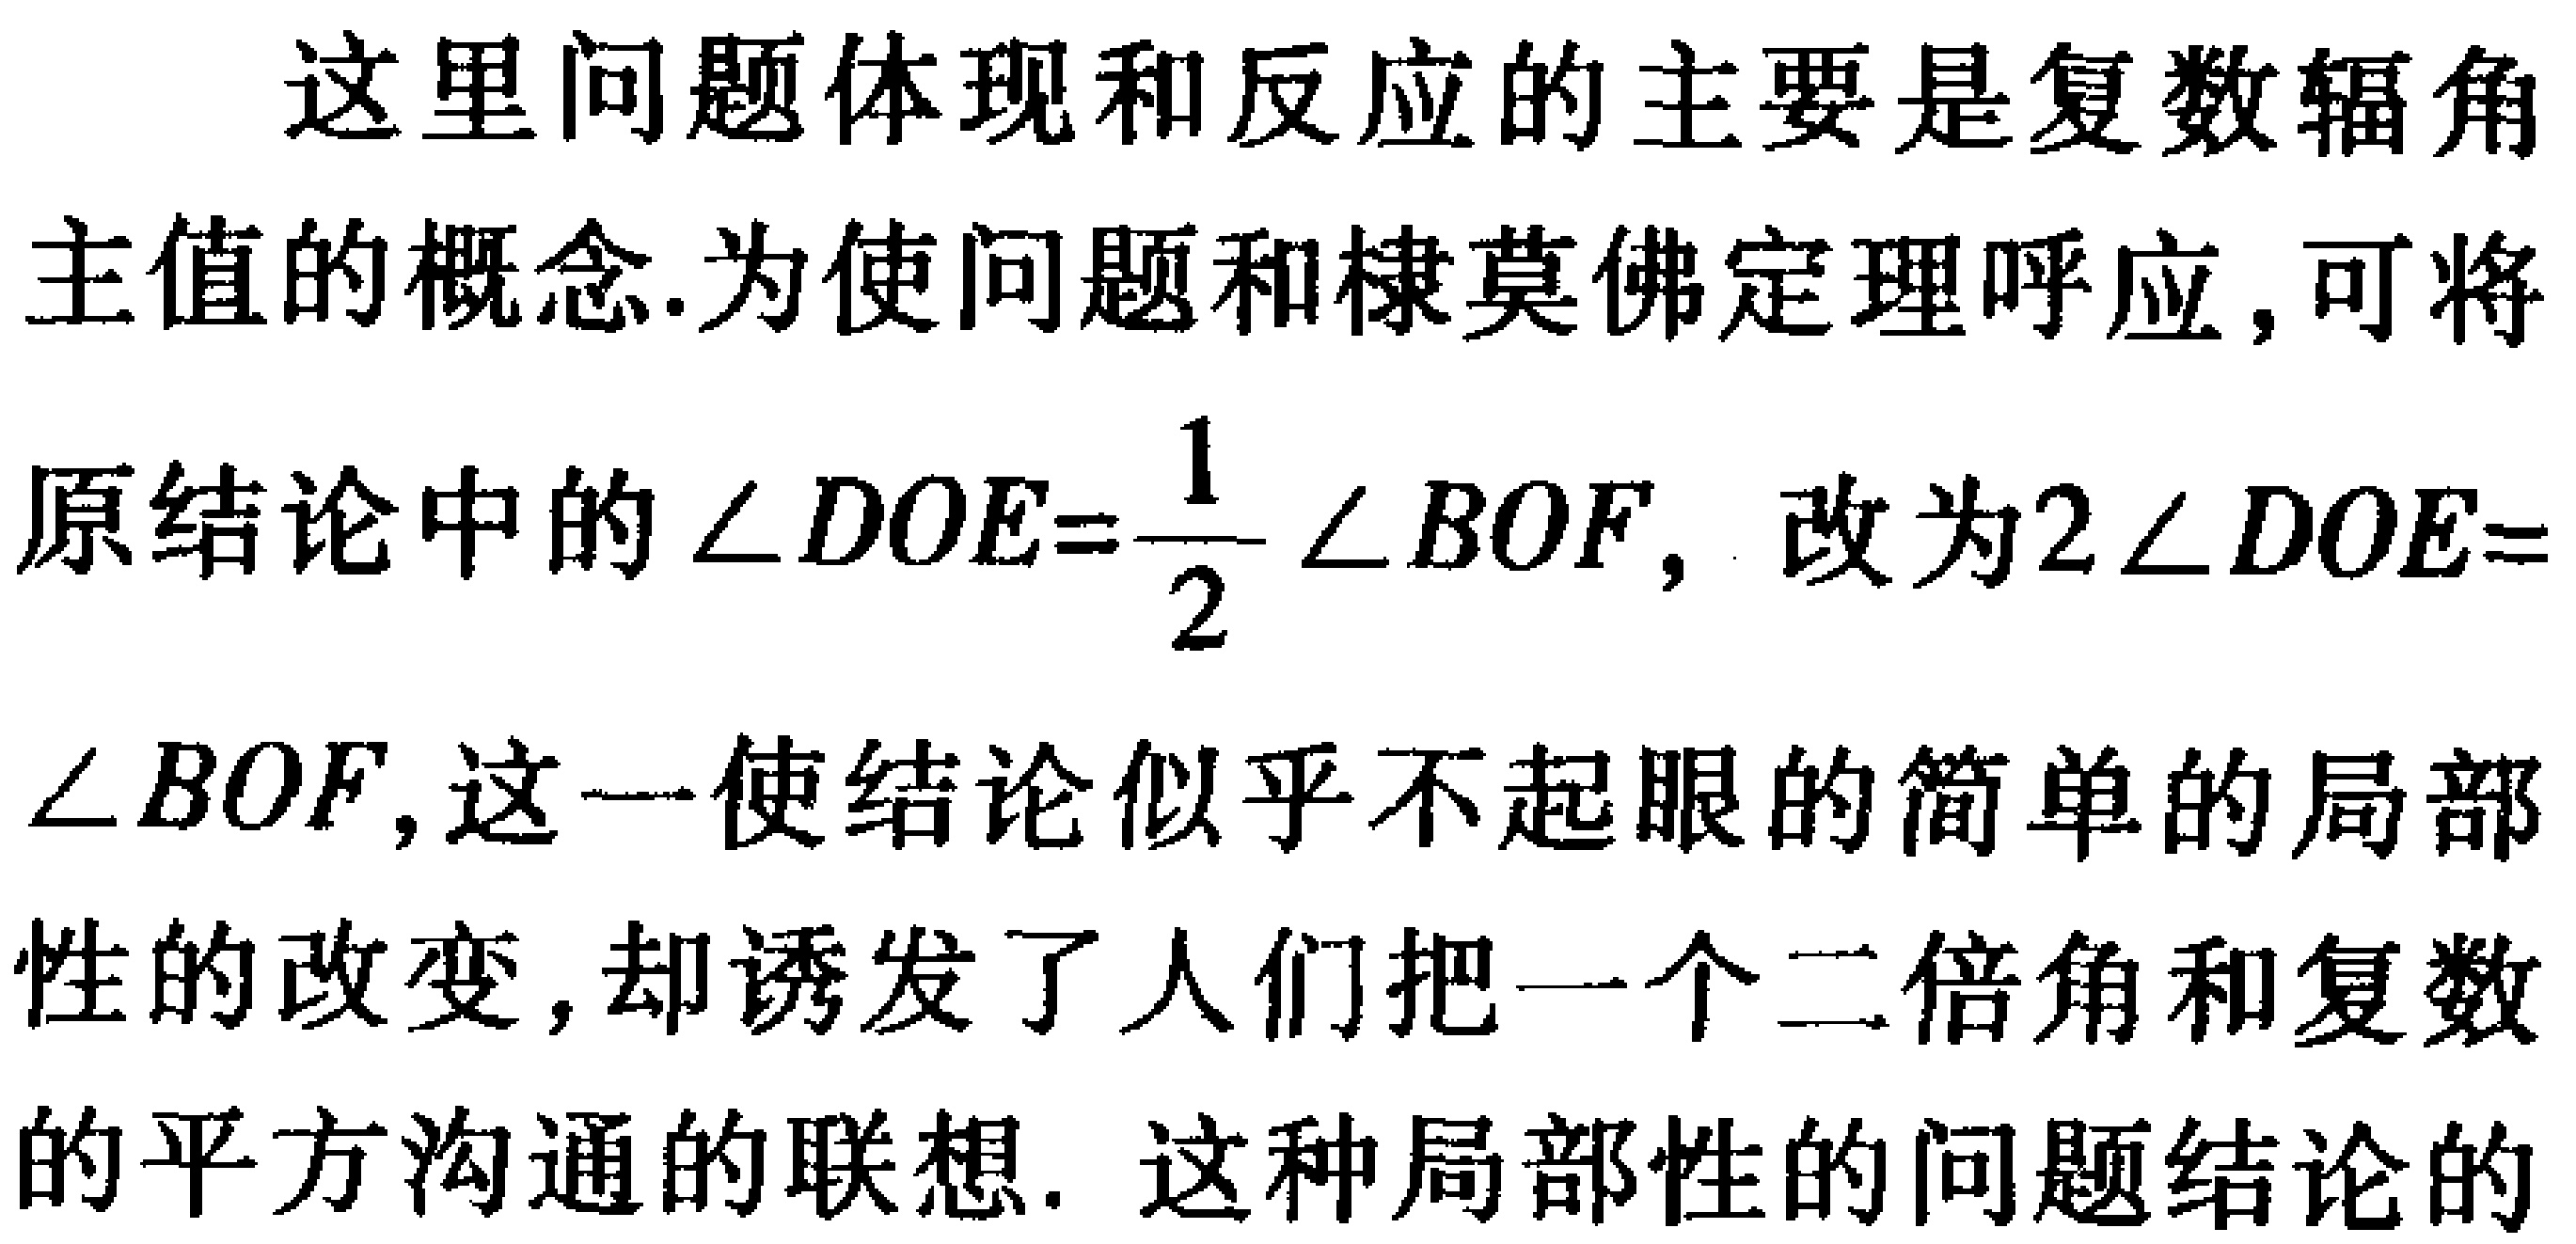
这里问题体现和反应的主要是复数辐角
主值的概念.为使问题和棣莫佛定理呼应,可将
原结论中的\(\angle DOE = \frac{1}{2}\angle BOF\)，改为\(2\angle DOE = \)
\(\angle BOF\),这一使结论似乎不起眼的简单的局部
性的改变,却诱发了人们把一个二倍角和复数
的平方沟通的联想. 这种局部性的问题结论的